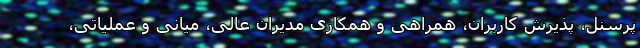
پرسنل، پذیرش کاربران، همراهی و همکاری مدیران عالی، میانی و عملیاتی،